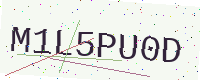
Text: M1L5PU0D